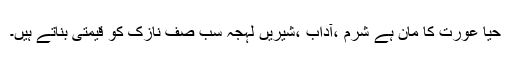
حیا عورت کا مان ہے شرم ،آداب ،شیریں لہجہ سب صف نازک کو قیمتی بناتے ہیں۔